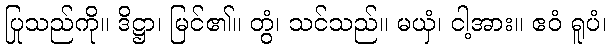
ပြုသည်ကို။ ဒိဋ္ဌာ၊ မြင်၏။ တွံ၊ သင်သည်။ မယှံ၊ ငါ့အား။ ဧဝံ ရူပံ၊